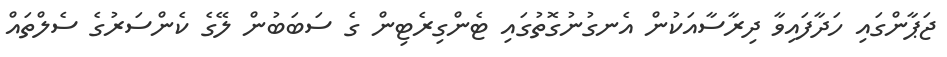
ޖަޕާންގައި ހަދާފައިވާ ދިރާސާއަކުން އެނގުނުގޮތުގައި ޓެންގިރެޓިން ގެ ސަބަބުން ލޭގެ ކެންސަރުގެ ސެލްތައް